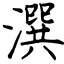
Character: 潠